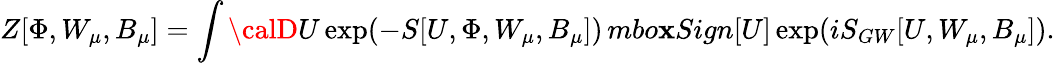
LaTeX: Z[\Phi,W_{\mu},B_{\mu}]=\int{\calD}U\exp(-S[U,\Phi,W_{\mu},B_{\mu}])\, mbo\mathbf{x}{Sign}[U]\exp(iS_{GW}[U,W_{\mu},B_{\mu}]).